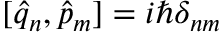
[ \hat { q } _ { n } , \hat { p } _ { m } ] = i \hbar \delta _ { n m }